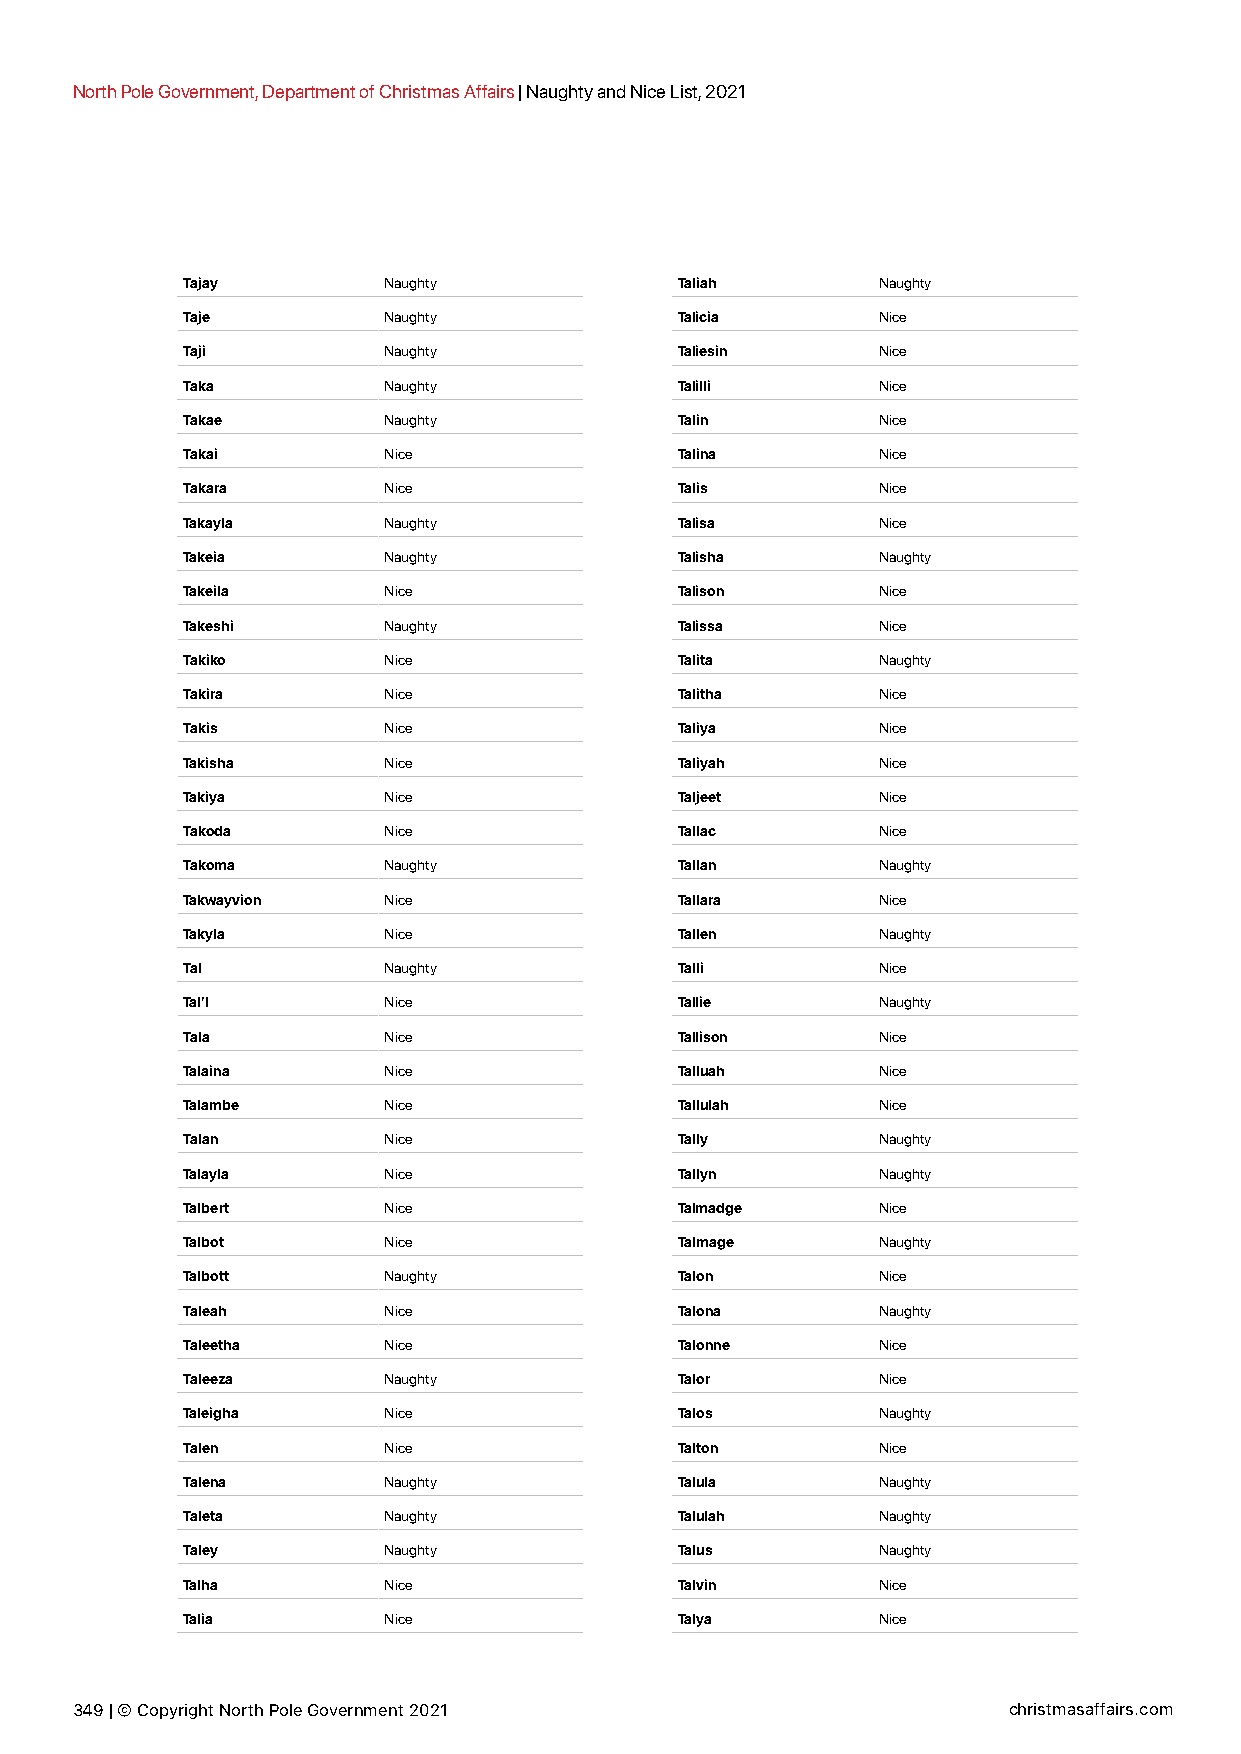
North Pole Government, Department of Christmas Affairs | Naughty and Nice List, 2021
 Tajay        Naughty             Taliah       Naughty
 Taje         Naughty             Talicia      Nice
 Taji         Naughty             Taliesin     Nice
 Taka         Naughty             Talilli      Nice
 Takae        Naughty             Talin        Nice
 Takai        Nice                Talina       Nice
 Takara       Nice                Talis        Nice
 Takayla      Naughty             Talisa       Nice
 Takeia       Naughty             Talisha      Naughty
 Takeila      Nice                Talison      Nice
 Takeshi      Naughty             Talissa      Nice
 Takiko       Nice                Talita       Naughty
 Takira       Nice                Talitha      Nice
 Takis        Nice                Taliya       Nice
 Takisha      Nice                Taliyah      Nice
 Takiya       Nice                Taljeet      Nice
 Takoda       Nice                Tallac       Nice
 Takoma       Naughty             Tallan       Naughty
 Takwayvion   Nice                Tallara      Nice
 Takyla       Nice                Tallen       Naughty
 Tal          Naughty             Talli        Nice
 Tal’I        Nice                Tallie       Naughty
 Tala         Nice                Tallison     Nice
 Talaina      Nice                Talluah      Nice
 Talambe      Nice                Tallulah     Nice
 Talan        Nice                Tally        Naughty
 Talayla      Nice                Tallyn       Naughty
 Talbert      Nice                Talmadge     Nice
 Talbot       Nice                Talmage      Naughty
 Talbott      Naughty             Talon        Nice
 Taleah       Nice                Talona       Naughty
 Taleetha     Nice                Talonne      Nice
 Taleeza      Naughty             Talor        Nice
 Taleigha     Nice                Talos        Naughty
 Talen        Nice                Talton       Nice
 Talena       Naughty             Talula       Naughty
 Taleta       Naughty             Talulah      Naughty
 Taley        Naughty             Talus        Naughty
 Talha        Nice                Talvin       Nice
 Talia        Nice                Talya        Nice
 349 | © Copyright North Pole Government 2021                  christmasaffairs.com